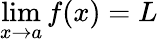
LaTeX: \operatorname*{lim}_{x\to a}f(x)=L